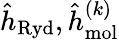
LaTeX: \hat{h}_{\mathrm{Ryd}},\hat{h}_{\mathrm{mol}}^{(k)}